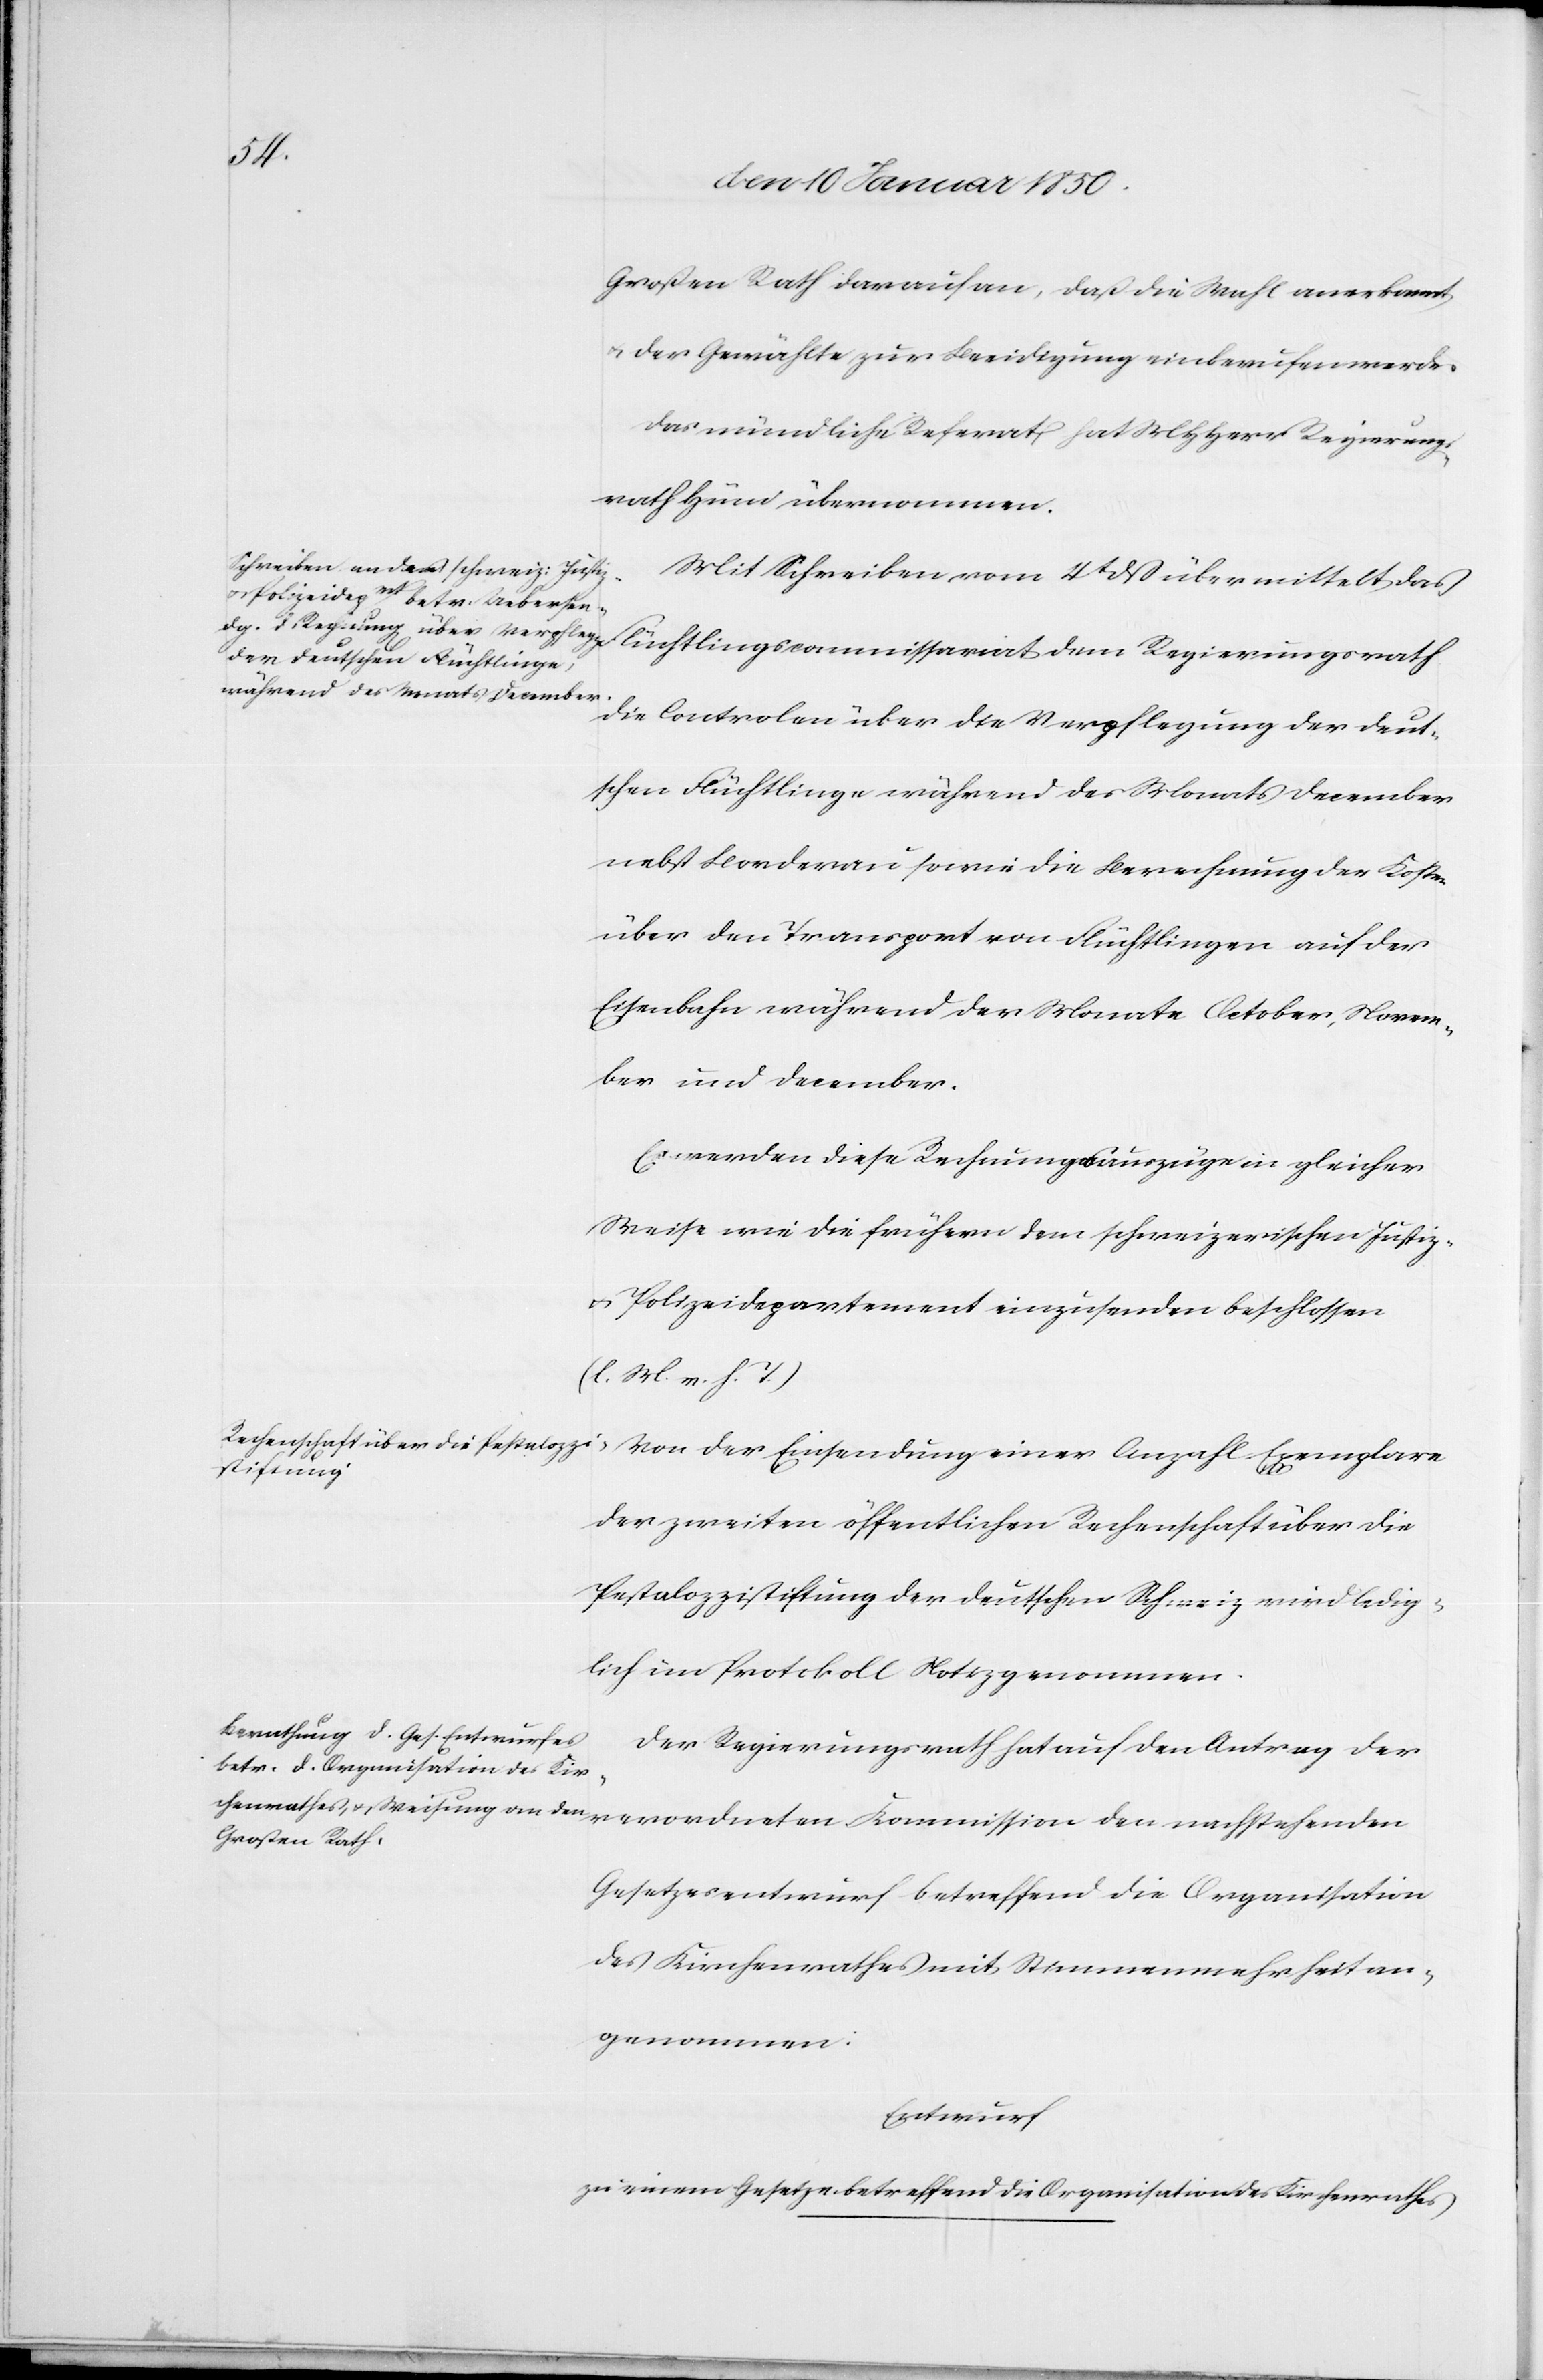
Großen Rath darauf an, daß die Wahl anerkannt
u. der Gewählte zur Beeidigung einberufen werde.
Das mündliche Referat hat MHHerr Regierungs¬
rath Hüni übernommen.
Mit Schreiben vom 4t dß übermittelt das
die Controlen über die Verpflegung der deut¬
schen Flüchtlinge während des Monats December
nebst Borderau sowie die Berechnung der Kosten
über den Transport von Flüchtlingen auf der
Eisenbahn während der Monate October, Novem¬
ber und December.
Es werden diese Rechnungsauszüge in gleicher
Weise wie die frühern dem schweizerischen Justiz-
u. Polizeidepartement einzusenden beschlossen
(l. M. v. h. T.)
der zweiten öffentlichen Rechenschaft über die
Pestalozzistiftung der deutschen Schweiz wird ledig¬
lich im Protokoll Notiz genommen.
der
einer